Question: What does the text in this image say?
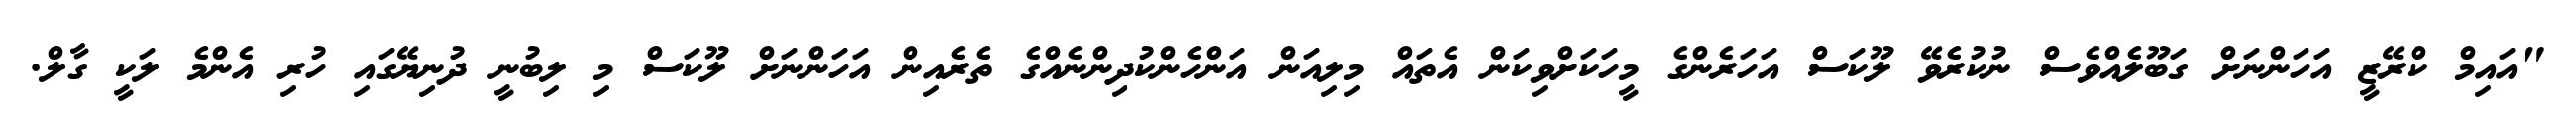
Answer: "އައިމް ކްރޭޒީ އަހަންނަށް ގަބޫލެއްވެސް ނުކުރެވޭ ލޫކަސް އަހަރެންގެ މީހަކަށްވިކަން އެތައް މިލިއަން އަންހެންކުދިންނެއްގެ ތެރެއިން އަހަންނަށް ލޫކަސް މި ލިބުނީ ދުނިޔޭގައި ހުރި އެންމެ ލަކީ ގާލް.